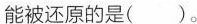
能被还原的是（）。